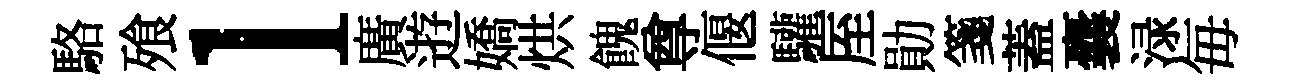
駱飱l廣逰嬌烘餽尊偃驩厔勛箋蓋囊渌毎